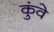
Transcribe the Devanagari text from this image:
कुंवे